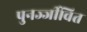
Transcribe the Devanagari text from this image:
पुनर्ज्जीवित